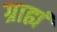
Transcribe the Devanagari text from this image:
ग्राह्यं